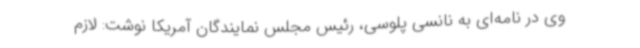
وی در نامه‌ای به نانسی پلوسی، رئیس مجلس نمایندگان آمریکا نوشت: لازم